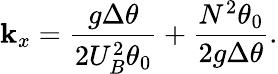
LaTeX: \mathbf{k}_{x}=\frac{{g\Delta\theta}}{{2{U}_{B}^{2}\theta_{0}}}+\frac{{N^{2}\theta_{0}}}{{2g\Delta\theta}}.